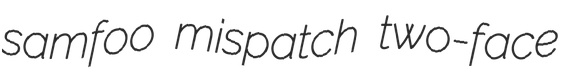
samfoo mispatch two-face